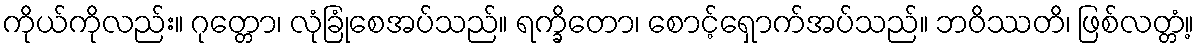
ကိုယ်ကိုလည်း။ ဂုတ္တော၊ လုံခြုံစေအပ်သည်။ ရက္ခိတော၊ စောင့်ရှောက်အပ်သည်။ ဘဝိဿတိ၊ ဖြစ်လတ္တံ့။